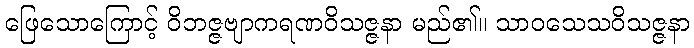
ဖြေသောကြောင့် ဝိဘဇ္ဇဗျာကရဏဝိသဇ္ဇနာ မည်၏။ သာဝသေသဝိသဇ္ဇနာ